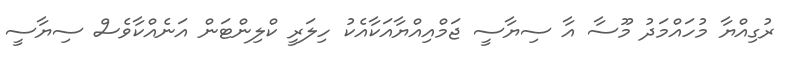
ރުގިއްޔާ މުހައްމަދު މޫސާ އާ ސިޔާސީ ޖަމްއިއްޔާއަކާއެކު ހިލަރީ ކްލިންޓަން އަނެއްކާވެސް ސިޔާސީ